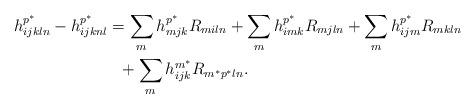
LaTeX: \begin{align*}\begin{aligned}h_{ijkln}^{p^{\ast}}-h_{ijknl}^{p^{\ast}}&=\sum_{m} h_{mjk}^{p^{\ast}}R_{miln}+ \sum_{m}h_{imk}^{p^{\ast}}R_{mjln}+ \sum_{m}h_{ijm}^{p^{\ast}}R_{mkln}\\&\ \ +\sum_{m}h_{ijk}^{m^{\ast}}R_{m^{\ast}p^{\ast}ln}.\end{aligned}\end{align*}